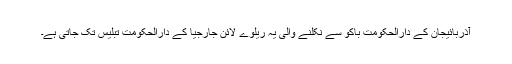
آذربائیجان کے دارالحکومت باکو سے نکلنے والی یہ ریلوے لائن جارجیا کے دارالحکومت تبلیس تک جاتی ہے۔